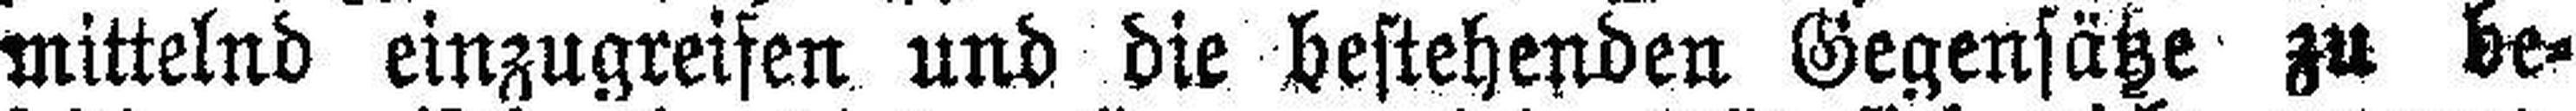
mittelnd einzugreifen und die bestehenden Gegensätze zu be¬